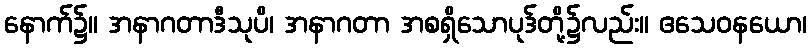
နောက်၌။ အနာဂတာဒီသုပိ၊ အနာဂတာ အစရှိသောပုဒ်တို့၌လည်း။ ဧသေဝနယော၊